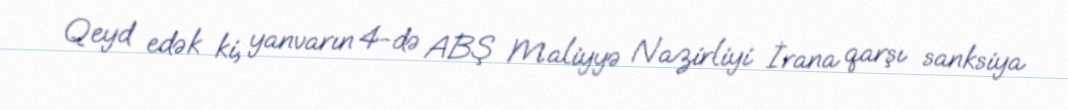
Qeyd edək ki, yanvarın 4-də ABŞ Maliyyə Nazirliyi İrana qarşı sanksiya